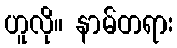
ဟူလို။ နာမ်တရား